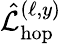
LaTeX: \hat{\mathcal{L}}_{\mathrm{hop}}^{(\ell,y)}